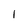
Character: 1